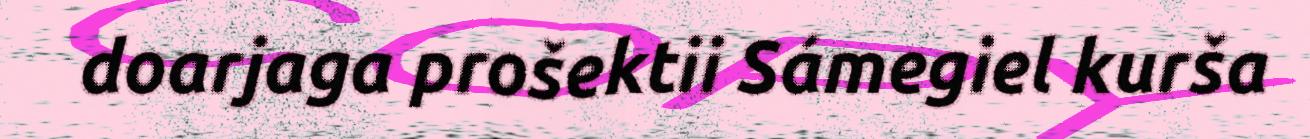
doarjaga prošektii Sámegiel kurša